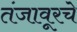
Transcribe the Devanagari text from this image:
तंजावूरचे